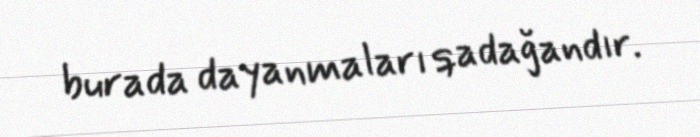
burada dayanmaları qadağandır.